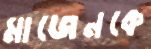
মাজেনকে